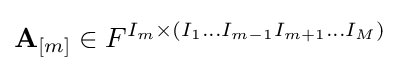
{\mathbf {A} }_{[m]}\in F^{I_{m}\times (I_{1}\dots I_{m-1}I_{m+1}\dots I_{M})}